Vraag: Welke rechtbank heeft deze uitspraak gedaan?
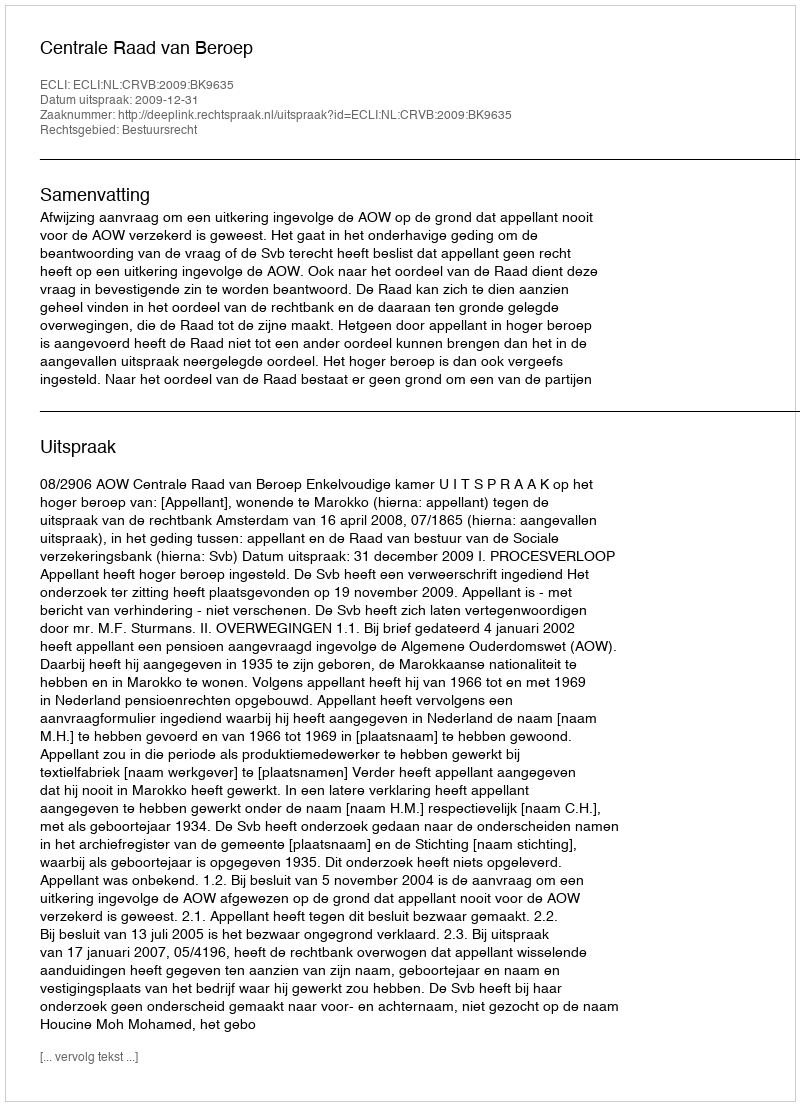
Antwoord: Centrale Raad van Beroep